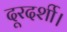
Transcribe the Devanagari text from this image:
दूरदर्शी।